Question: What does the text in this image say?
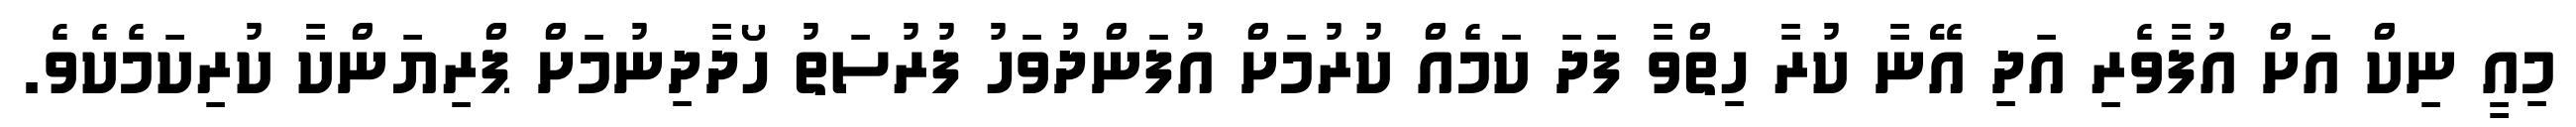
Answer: މިއީ ނިކް އަށް އުފާވެރި އަދި އޭނާ ކުރާ ހިތްވާ ފަދަ ކަމެއް ކުރުމަށް އުފަންދުވަހު ފުރުސަތު ހޯދާދިނުމަށް ޕްރިޔަންކާ ކުރިކަމެކެވެ.